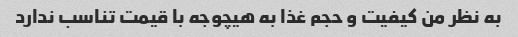
به نظر من کیفیت و حجم غذا به هیچوجه با قیمت تناسب ندارد